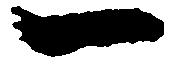
一